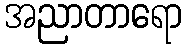
အညာတာရော